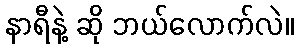
နာရီနဲ့ ဆို ဘယ်လောက်လဲ။